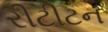
રીટીટન